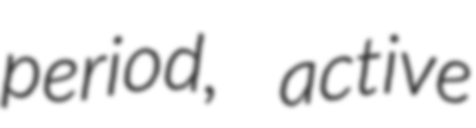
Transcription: period, active